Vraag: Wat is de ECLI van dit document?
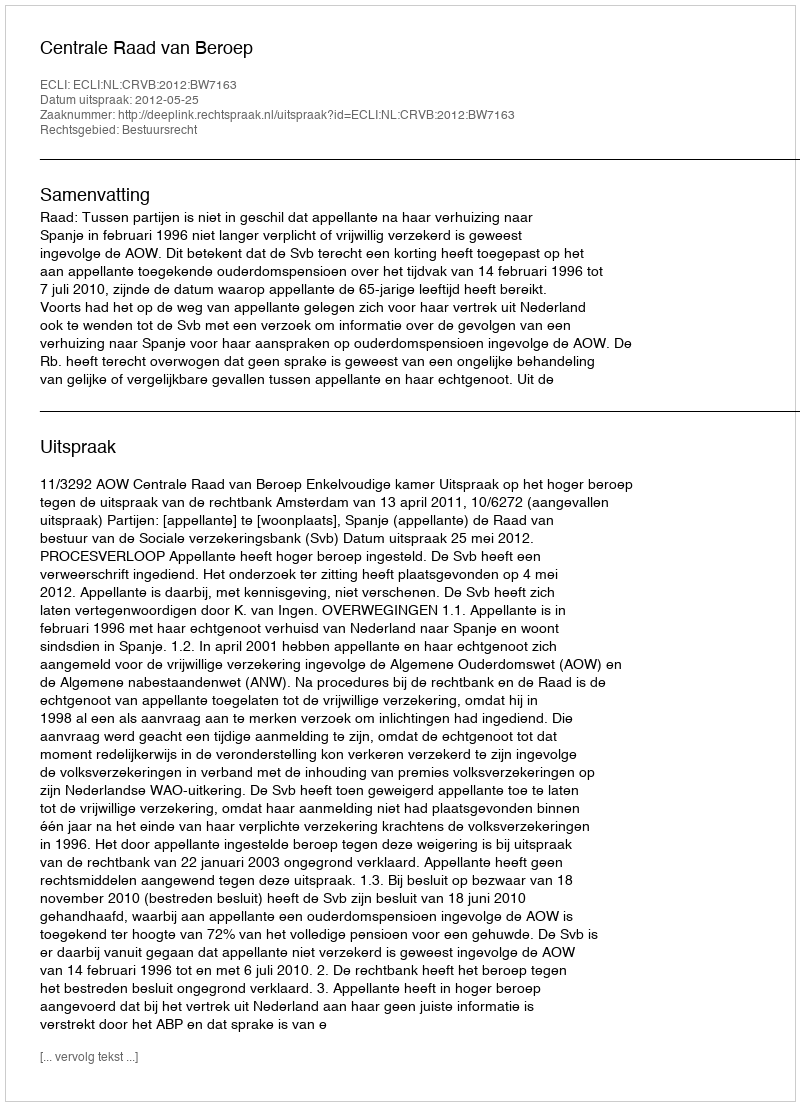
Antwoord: ECLI:NL:CRVB:2012:BW7163